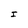
Character: I